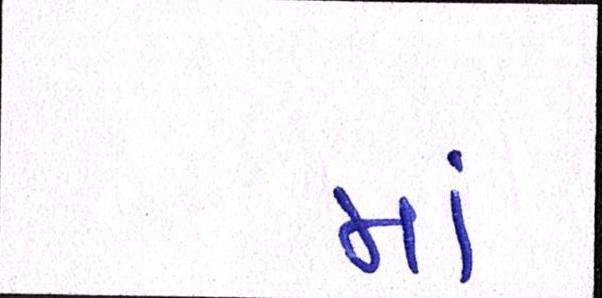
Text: મા